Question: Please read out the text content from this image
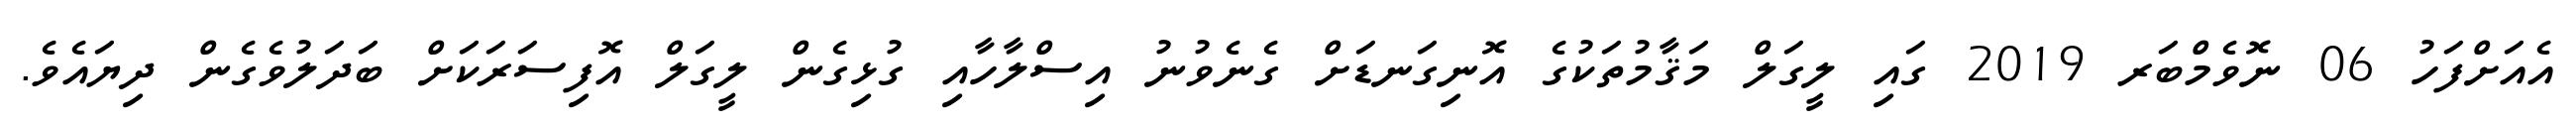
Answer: އެއަށްފަހު 06 ނޮވެމްބަރ 2019 ގައި ލީގަލް މަޤާމުތަކުގެ އޮނިގަނޑަށް ގެނެވުނު އިސްލާހާއި ގުޅިގެން ލީގަލް އޮފިސަރަކަށް ބަދަލުވެގެން ދިޔައެވެ.